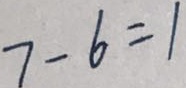
7 - 6 = 1